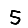
Digit: 5